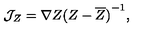
{ \cal J } _ { Z } = \nabla Z { ( Z - \overline { { Z } } ) } ^ { - 1 } ,